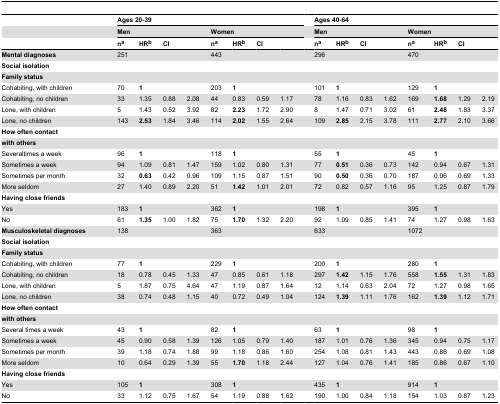
<table><thead><tr><td></td><td colspan="8"><b>Ages 20-39</b></td><td></td><td colspan="8"><b>Ages 40-64</b></td></tr><tr><td></td><td colspan="4"><b>Men</b></td><td colspan="4"><b>Women</b></td><td></td><td colspan="4"><b>Men</b></td><td colspan="4"><b>Women</b></td></tr><tr><td></td><td><b>n<sup>a</sup></b></td><td><b>HR<sup>b</sup></b></td><td><b>CI</b></td><td></td><td><b>n<sup>a</sup></b></td><td><b>HR<sup>b</sup></b></td><td><b>CI</b></td><td></td><td></td><td><b>n<sup>a</sup></b></td><td><b>HR<sup>b</sup></b></td><td><b>CI</b></td><td></td><td><b>n<sup>a</sup></b></td><td><b>HR<sup>b</sup></b></td><td><b>CI</b></td><td></td></tr></thead><tbody><tr><td><b>Mental diagnoses</b></td><td>251</td><td></td><td></td><td></td><td>443</td><td></td><td></td><td></td><td></td><td>296</td><td></td><td></td><td></td><td>470</td><td></td><td></td><td></td></tr><tr><td><b>Social isolation</b></td><td></td><td></td><td></td><td></td><td></td><td></td><td></td><td></td><td></td><td></td><td></td><td></td><td></td><td></td><td></td><td></td><td></td></tr><tr><td><b>Family status</b></td><td></td><td></td><td></td><td></td><td></td><td></td><td></td><td></td><td></td><td></td><td></td><td></td><td></td><td></td><td></td><td></td><td></td></tr><tr><td> Cohabiting, with children </td><td>70</td><td><b>1</b></td><td></td><td></td><td>203</td><td><b>1</b></td><td></td><td></td><td></td><td>101</td><td><b>1</b></td><td></td><td></td><td>129</td><td><b>1</b></td><td></td><td></td></tr><tr><td>Cohabiting, no children </td><td>33</td><td>1.35</td><td>0.88</td><td>2.08</td><td>44</td><td>0.83</td><td>0.59</td><td>1.17</td><td></td><td>78</td><td>1.16</td><td>0.83</td><td>1.62</td><td>169</td><td><b>1.68</b></td><td>1.29</td><td>2.19</td></tr><tr><td>Lone, with children</td><td>5</td><td>1.43</td><td>0.52</td><td>3.92</td><td>82</td><td><b>2.23</b></td><td>1.72</td><td>2.90</td><td></td><td>8</td><td>1.47</td><td>0.71</td><td>3.02</td><td>61</td><td><b>2.48</b></td><td>1.83</td><td>3.37</td></tr><tr><td>Lone, no children </td><td>143</td><td><b>2.53</b></td><td>1.84</td><td>3.46</td><td>114</td><td><b>2.02</b></td><td>1.55</td><td>2.64</td><td></td><td>109</td><td><b>2.85</b></td><td>2.15</td><td>3.78</td><td>111</td><td><b>2.77</b></td><td>2.10</td><td>3.66</td></tr><tr><td><b>How often contact</b></td><td></td><td></td><td></td><td></td><td></td><td></td><td></td><td></td><td></td><td></td><td></td><td></td><td></td><td></td><td></td><td></td><td></td></tr><tr><td><b>with others</b></td><td></td><td></td><td></td><td></td><td></td><td></td><td></td><td></td><td></td><td></td><td></td><td></td><td></td><td></td><td></td><td></td><td></td></tr><tr><td>Severaltimes a week </td><td>96</td><td><b>1</b></td><td></td><td></td><td>118</td><td><b>1</b></td><td></td><td></td><td></td><td>55</td><td><b>1</b></td><td></td><td></td><td>45</td><td><b>1</b></td><td></td><td></td></tr><tr><td>Sometimes a week </td><td>94</td><td>1.09</td><td>0.81</td><td>1.47</td><td>159</td><td>1.02</td><td>0.80</td><td>1.31</td><td></td><td>77</td><td><b>0.51</b></td><td>0.36</td><td>0.73</td><td>142</td><td>0.94</td><td>0.67</td><td>1.31</td></tr><tr><td>Sometimes per month </td><td>32</td><td><b>0.63</b></td><td>0.42</td><td>0.96</td><td>109</td><td>1.15</td><td>0.87</td><td>1.51</td><td></td><td>90</td><td><b>0.50</b></td><td>0.36</td><td>0.70</td><td>187</td><td>0.96</td><td>0.69</td><td>1.33</td></tr><tr><td>More seldom</td><td>27</td><td>1.40</td><td>0.89</td><td>2.20</td><td>51</td><td><b>1.42</b></td><td>1.01</td><td>2.01</td><td></td><td>72</td><td>0.82</td><td>0.57</td><td>1.16</td><td>95</td><td>1.25</td><td>0.87</td><td>1.79</td></tr><tr><td><b>Having close friends</b></td><td></td><td></td><td></td><td></td><td></td><td></td><td></td><td></td><td></td><td></td><td></td><td></td><td></td><td></td><td></td><td></td><td></td></tr><tr><td>Yes</td><td>183</td><td><b>1</b></td><td></td><td></td><td>362</td><td><b>1</b></td><td></td><td></td><td></td><td>198</td><td><b>1</b></td><td></td><td></td><td>395</td><td><b>1</b></td><td></td><td></td></tr><tr><td>No</td><td>61</td><td><b>1.35</b></td><td>1.00</td><td>1.82</td><td>75</td><td><b>1.70</b></td><td>1.32</td><td>2.20</td><td></td><td>92</td><td>1.09</td><td>0.85</td><td>1.41</td><td>74</td><td>1.27</td><td>0.98</td><td>1.63</td></tr><tr><td><b>Musculoskeletal diagnoses</b></td><td>138</td><td></td><td></td><td></td><td>363</td><td></td><td></td><td></td><td></td><td>633</td><td></td><td></td><td></td><td>1072</td><td></td><td></td><td></td></tr><tr><td><b>Social isolation</b></td><td></td><td></td><td></td><td></td><td></td><td></td><td></td><td></td><td></td><td></td><td></td><td></td><td></td><td></td><td></td><td></td><td></td></tr><tr><td><b>Family status</b></td><td></td><td></td><td></td><td></td><td></td><td></td><td></td><td></td><td></td><td></td><td></td><td></td><td></td><td></td><td></td><td></td><td></td></tr><tr><td>Cohabiting, with children </td><td>77</td><td><b>1</b></td><td></td><td></td><td>229</td><td><b>1</b></td><td></td><td></td><td></td><td>200</td><td><b>1</b></td><td></td><td></td><td>280</td><td><b>1</b></td><td></td><td></td></tr><tr><td>Cohabiting, no children </td><td>18</td><td>0.78</td><td>0.45</td><td>1.33</td><td>47</td><td>0.85</td><td>0.61</td><td>1.18</td><td></td><td>297</td><td><b>1.42</b></td><td>1.15</td><td>1.76</td><td>558</td><td><b>1.55</b></td><td>1.31</td><td>1.83</td></tr><tr><td>Lone, with children</td><td>5</td><td>1.87</td><td>0.75</td><td>4.64</td><td>47</td><td>1.19</td><td>0.87</td><td>1.64</td><td></td><td>12</td><td>1.14</td><td>0.63</td><td>2.04</td><td>72</td><td>1.27</td><td>0.98</td><td>1.65</td></tr><tr><td>Lone, no children </td><td>38</td><td>0.74</td><td>0.48</td><td>1.15</td><td>40</td><td>0.72</td><td>0.49</td><td>1.04</td><td></td><td>124</td><td><b>1.39</b></td><td>1.11</td><td>1.76</td><td>162</td><td><b>1.39</b></td><td>1.12</td><td>1.71</td></tr><tr><td><b>How often contact</b></td><td></td><td></td><td></td><td></td><td></td><td></td><td></td><td></td><td></td><td></td><td></td><td></td><td></td><td></td><td></td><td></td><td></td></tr><tr><td><b>with others</b></td><td></td><td></td><td></td><td></td><td></td><td></td><td></td><td></td><td></td><td></td><td></td><td></td><td></td><td></td><td></td><td></td><td></td></tr><tr><td>Several times a week </td><td>43</td><td><b>1</b></td><td></td><td></td><td>82</td><td><b>1</b></td><td></td><td></td><td></td><td>63</td><td><b>1</b></td><td></td><td></td><td>98</td><td><b>1</b></td><td></td><td></td></tr><tr><td>Sometimes a week </td><td>45</td><td>0.90</td><td>0.58</td><td>1.39</td><td>126</td><td>1.05</td><td>0.79</td><td>1.40</td><td></td><td>187</td><td>1.01</td><td>0.76</td><td>1.36</td><td>345</td><td>0.94</td><td>0.75</td><td>1.17</td></tr><tr><td>Sometimes per month </td><td>39</td><td>1.18</td><td>0.74</td><td>1.88</td><td>99</td><td>1.18</td><td>0.86</td><td>1.60</td><td></td><td>254</td><td>1.08</td><td>0.81</td><td>1.43</td><td>443</td><td>0.86</td><td>0.69</td><td>1.08</td></tr><tr><td>More seldom</td><td>10</td><td>0.64</td><td>0.29</td><td>1.39</td><td>55</td><td><b>1.70</b></td><td>1.18</td><td>2.44</td><td></td><td>127</td><td>1.04</td><td>0.76</td><td>1.41</td><td>185</td><td>0.86</td><td>0.67</td><td>1.10</td></tr><tr><td><b>Having close friends</b></td><td></td><td></td><td></td><td></td><td></td><td></td><td></td><td></td><td></td><td></td><td></td><td></td><td></td><td></td><td></td><td></td><td></td></tr><tr><td>Yes</td><td>105</td><td><b>1</b></td><td></td><td></td><td>308</td><td><b>1</b></td><td></td><td></td><td></td><td>435</td><td><b>1</b></td><td></td><td></td><td>914</td><td><b>1</b></td><td></td><td></td></tr><tr><td>No</td><td>33</td><td>1.12</td><td>0.75</td><td>1.67</td><td>54</td><td>1.19</td><td>0.88</td><td>1.62</td><td></td><td>190</td><td>1.00</td><td>0.84</td><td>1.18</td><td>154</td><td>1.03</td><td>0.87</td><td>1.23</td></tr></tbody></table>